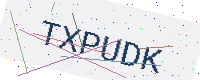
Text: TXPUDK